Indian journal of veterinary science and animal husbandry - Volume 3,
Year: 1933
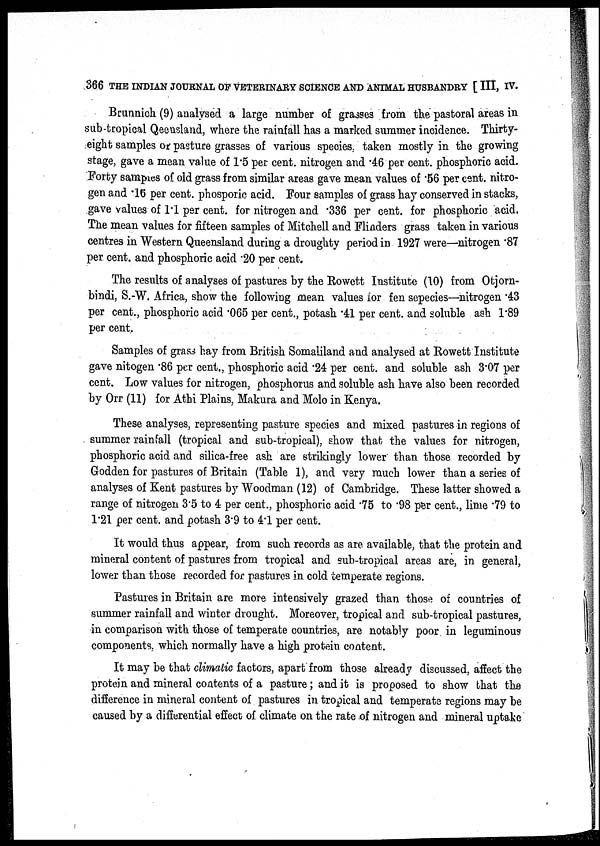
366 THE INDIAN JOURNAL OF VETERINARY SCIENCE AND ANIMAL HUSBANDRY [III, IV.
Brunnich (9) analysed a large number of grasses from the pastoral areas in
sub-tropical Qeensland, where the rainfall has a marked summer incidence. Thirty-
eight samples of pasture grasses of various species, taken mostly in the growing
stage, gave a mean value of 1.5 per cent. nitrogen and .46 per cent. phosphoric acid.
Forty samples of old grass from similar areas gave mean values of .56 per cent. nitro-
gen and .16 per cent. phosporic acid. Four samples of grass hay conserved in stacks,
gave values of 1.1 per cent. for nitrogen and .336 per cent. for phosphoric acid.
The mean values for fifteen samples of Mitchell and Flinders grass taken in various
centres in Western Queensland during a droughty period in 1927 were—nitrogen .87
per cent. and phosphoric acid .20 per cent.
The results of analyses of pastures by the Rowett Institute (10) from Otjorn-
bindi, S.-W. Africa, show the following mean values for fen sepecies—nitrogen .43
per cent., phosphoric acid .065 per cent., potash .41 per cent. and soluble ash 1.89
per cent.
Samples of grass hay from British Somaliland and analysed at Rowett Institute
gave nitogen .86 per cent., phosphoric acid .24 per cent. and soluble ash 3.07 per
cent. Low values for nitrogen, phosphorus and soluble ash have also been recorded
by Orr (11) for Athi Plains, Makura and Molo in Kenya.
These analyses, representing pasture species and mixed pastures in regions of
summer rainfall (tropical and sub-tropical), show that the values for nitrogen,
phosphoric acid and silica-free ash are strikingly lower than those recorded by
Godden for pastures of Britain (Table 1), and very much lower than a series of
analyses of Kent pastures by Woodman (12) of Cambridge. These latter showed a
range of nitrogen 3.5 to 4 per cent., phosphoric acid .75 to .98 per cent., lime .79 to
1.21 per cent. and potash 3.9 to 4.1 per cent.
It would thus appear, from such records as are available, that the protein and
mineral content of pastures from tropical and sub-tropical areas are, in general,
lower than those recorded for pastures in cold temperate regions.
Pastures in Britain are more intensively grazed than those of countries of
summer rainfall and winter drought. Moreover, tropical and sub-tropical pastures,
in comparison with those of temperate countries, are notably poor in leguminous
components, which normally have a high protein content.
It may be that climatic factors, apart from those already discussed, affect the
protein and mineral contents of a pasture; and it is proposed to show that the
difference in mineral content of pastures in tropical and temperate regions may be
caused by a differential effect of climate on the rate of nitrogen and mineral uptake